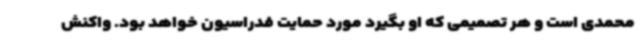
محمدی است و هر تصمیمی که او بگیرد مورد حمایت فدراسیون خواهد بود. واکنش